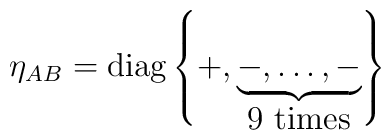
\eta_{AB}= \mbox{diag} \left\{ + ,\underbrace{  -,\dots,-}_{\mbox{9 times}} \right \}